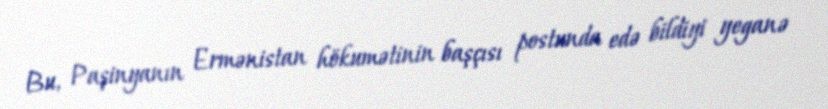
Bu, Paşinyanın Ermənistan hökumətinin başçısı postunda edə bildiyi yeganə